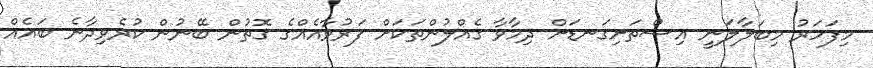
މިފަހަރު މިބަލާލަނީ އިސްތަށިގަނޑަށް ދިމާވާ ގެއްލުންތަކަށް ފަރުވާއެއްގެ ގޮތުން ބޭނުން ކުރެވިދާނެ ބައެއް